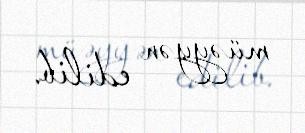
müəyyən edilib.